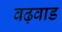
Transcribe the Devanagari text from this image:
वढ़वाड